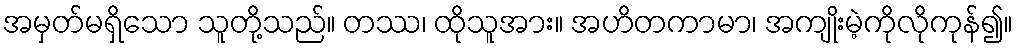
အမှတ်မရှိသော သူတို့သည်။ တဿ၊ ထိုသူအား။ အဟိတကာမာ၊ အကျိုးမဲ့ကိုလိုကုန်၍။